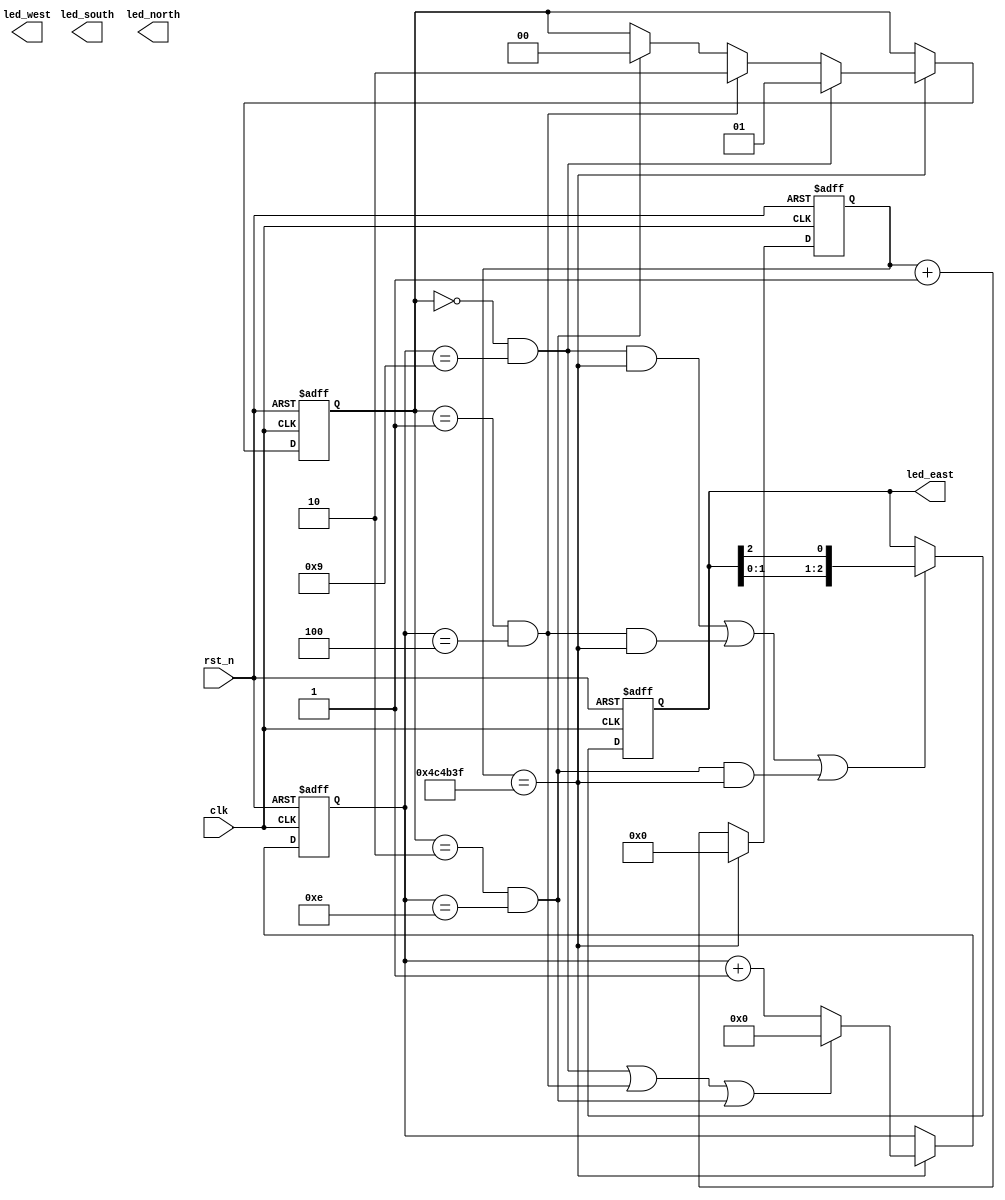
module traffic_led (
	clk,
	rst_n,
	led_east,
	led_south,
	led_west,
	led_north
);

input clk ;
input rst_n;

output[2:0] led_east;
output[2:0] led_south;
output[2:0] led_west;
output[2:0] led_north;
reg[2:0] led_east;
reg[2:0] led_south;
reg[2:0] led_west;
reg[2:0] led_north;
	
	
parameter TIME_1s = 5_000_000 ;
reg[23:0] cnt_1s;

always @(posedge clk or negedge rst_n)begin
    if(!rst_n)begin
        cnt_1s <= 0;
    end
    else begin
        if(cnt_1s==TIME_1s-1) cnt_1s <= 0;
        else cnt_1s <= cnt_1s + 1;
    end
end

reg[1:0] ew_state;
reg[3:0] ew_cnt;

always@(posedge clk or negedge rst_n)begin
    if(rst_n==1'b0)begin
        ew_state<=0;
    end
    else if( cnt_1s==TIME_1s-1 ) begin
        if( ew_state==0 && ew_cnt==9 )  ew_state<=1;
		else if( ew_state==1 && ew_cnt==4 ) ew_state<=2;
		else if( ew_state==2 && ew_cnt==14) ew_state<=0;
    end
end

always@(posedge clk or negedge rst_n)begin
    if(rst_n==1'b0)begin
        ew_cnt<=0;
    end
    else if(cnt_1s==TIME_1s-1) begin
        if( (ew_state==0 && ew_cnt==9) || (ew_state==1 && ew_cnt==4) || ( ew_state==2 && ew_cnt==14) )ew_cnt<=0;
		else ew_cnt<=ew_cnt+1;
    end
end

wire ew_change_flag;

assign ew_change_flag=(	( ew_state==0 && ew_cnt==9 && cnt_1s==TIME_1s-1 )  ||
						( ew_state==1 && ew_cnt==4 && cnt_1s==TIME_1s-1 )  ||
						( ew_state==2 && ew_cnt==14 && cnt_1s==TIME_1s-1 )
					);

always@(posedge clk or negedge rst_n)begin
    if(rst_n==1'b0)begin
        led_east<=3'b110;
    end
    else if(ew_change_flag) begin
        led_east<={led_east[1:0],led_east[2]};
    end
end


endmodule